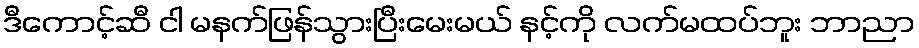
ဒီကောင့်ဆီ ငါ မနက်ဖြန်သွားပြီးမေးမယ် နင့်ကို လက်မထပ်ဘူး ဘာညာ